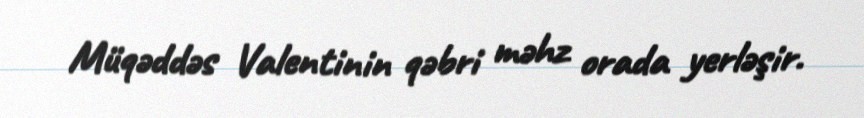
Müqəddəs Valentinin qəbri məhz orada yerləşir.